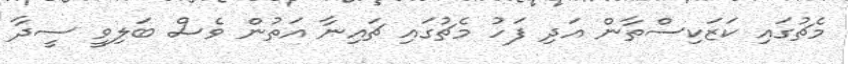
މެޗުގައި ކަޒަކިސްތާން އަދި ފަހު މެޗުގައި ޗައިނާ އަތުން ވެސް ބަލިވީ ސީދާ